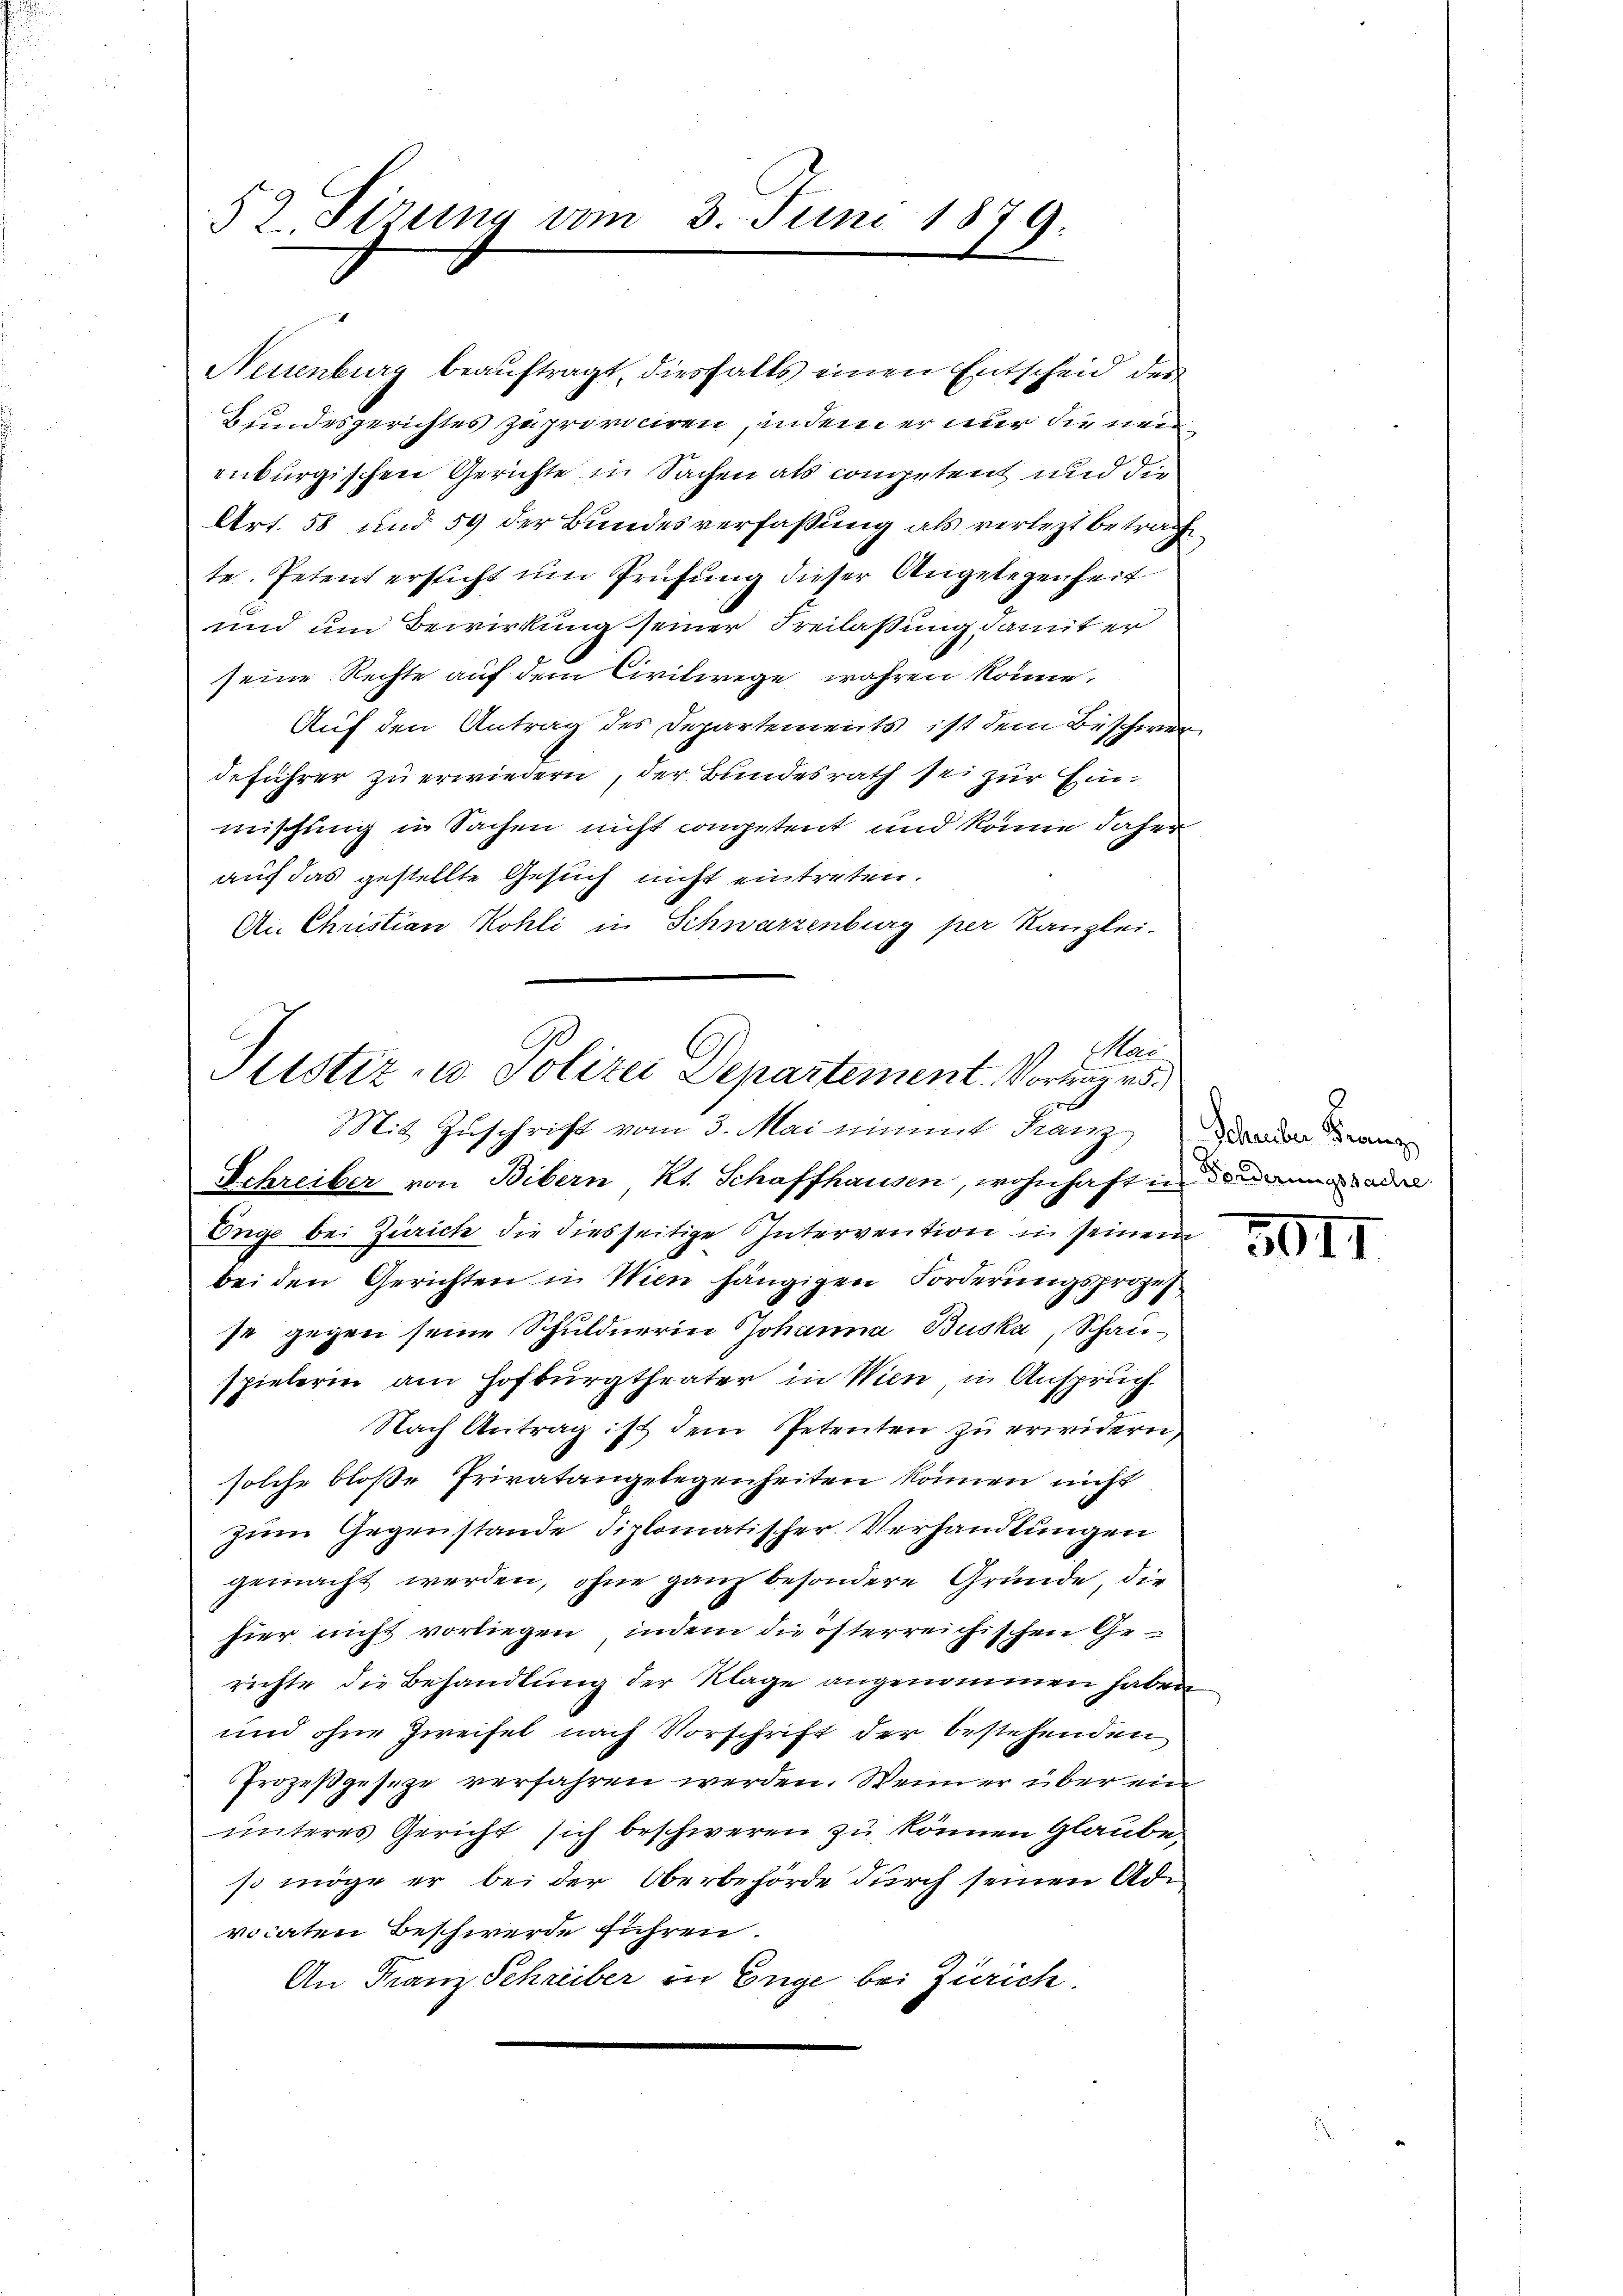
52. Sizung am 3. Juni 1879.

Neuenburg beauftragt, diesfalls einen Entscheid der
Bundesgerichtes zu proviciren, indem er nur die neuenburgischen Gerichte in Sachen als competent und die
Art. 58 und 59 der Bundesverfaßung als verletzt betracht
te. Petent ersticht um Prüfung dieser Angelegenheit
und um Bewirkung seiner Freilaßung damit er
seine Rechte auf dem Civilwege wahren könne,
Auf den Antrag des Departements ist dem Beschwer
deführer zu erwiedern, der Bundesrath sei zur Einmischung in Sachen nicht competent und könne daher
auch das gestellte Gesuch nicht eintreten.
Ai Christian Kohli in Schwarzenburg per Kanzlei-

Enge bei Zürich die diesseitige Intervention in seinem
bei den Gerichten in Wien hängigen Forderungsprozes
se gegen seine Schuldnerin Johanna Buska, Schauspielerin am Hofburgtheater in Wien in Anspruch.
Nach Antrag ist dem Petenten zu erwidern,
solche bloße Privatangelegenheiten können nicht
zum Gegenstande diplomatischer Verhandlungen
gemacht werden, ohne ganz besondere Gründe, die
hier nicht vorliegen, indem die österreichischen Ge-
richte die Behandlung der Klage angenommen haben
und ohne Zweifel nach Vorschrift der bestehenden
Prozeßgesetze verfahren werden. Wenn er über ein
unteres Gericht sich beschweren zu können Glaube
so möge er bei der Oberbehörde durch seinen Advocaten Beschwerde führen.
An Franz Schreiber in Enge bei Zürich.

Has
Justiz- u. Polizei Departement. Vorung d.
Mit Zuschrift vom 3. Mai einmit Franz ander wi
Schreiber von Bibern Kt. Schaffhausen, wohnhaft in dann aber

5011